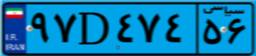
۹۷D۴۷۴۵۶